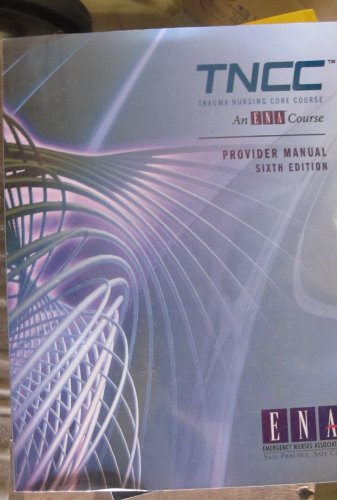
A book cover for Trauma Nursing Core Course Provider Manual ( TNCC ); Emergency Nurses Association; Medical Books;